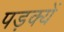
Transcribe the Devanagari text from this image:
पड़क्यें